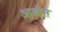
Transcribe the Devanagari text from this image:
आशीस